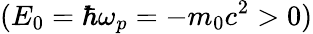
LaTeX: (E_{0}=\hbar\omega_{p}=-m_{0}c^{2}>0)